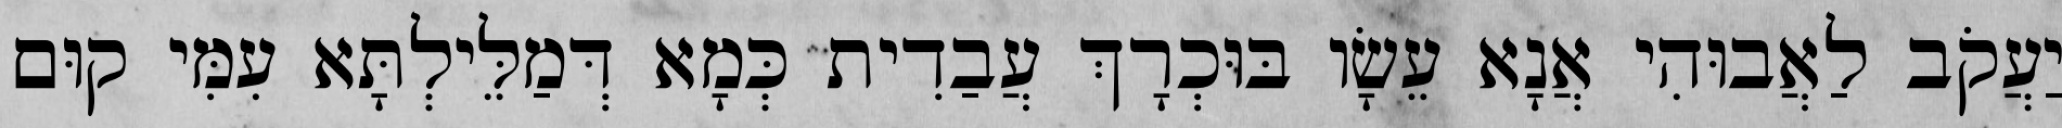
יַעֲקֹב לַאֲבוּהִי אֲנָא עֵשָׂו בּוּכְרָךְ עֲבַדִית כְּמָא דְּמַלֵּילְתָּא עִמִּי קוּם